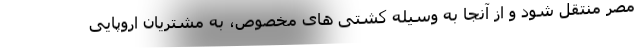
مصر منتقل شود و از آنجا به وسیله کشتی های مخصوص، به مشتریان اروپایی